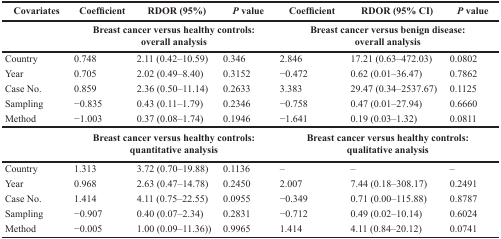
| Covariates | Coefficient | RDOR (95%) | P value | Coefficient | RDOR (95% CI) | P value |
 |  | <COLSPAN=3> Breast cancer versus healthy controls: overall analysis | <COLSPAN=3> Breast cancer versus benign disease: overall analysis |
 | --- | --- | --- | --- | --- | --- | --- |
 | Country | 0.748 | 2.11 (0.42–10.59) | 0.346 | 2.846 | 17.21 (0.63–472.03) | 0.0802 |
 | Year | 0.705 | 2.02 (0.49–8.40) | 0.3152 | −0.472 | 0.62 (0.01–36.47) | 0.7862 |
 | Case No. | 0.859 | 2.36 (0.50–11.14) | 0.2633 | 3.383 | 29.47 (0.34–2537.67) | 0.1125 |
 | Sampling | −0.835 | 0.43 (0.11–1.79) | 0.2346 | −0.758 | 0.47 (0.01–27.94) | 0.6660 |
 | Method | −1.003 | 0.37 (0.08–1.74) | 0.1946 | −1.641 | 0.19 (0.03–1.32) | 0.0811 |
 |  | <COLSPAN=3> Breast cancer versus healthy controls: quantitative analysis | <COLSPAN=3> Breast cancer versus healthy controls: qualitative analysis |
 | Country | 1.313 | 3.72 (0.70–19.88) | 0.1136 | – | – | – |
 | Year | 0.968 | 2.63 (0.47–14.78) | 0.2450 | 2.007 | 7.44 (0.18–308.17) | 0.2491 |
 | Case No. | 1.414 | 4.11 (0.75–22.55) | 0.0955 | −0.349 | 0.71 (0.00–115.88) | 0.8787 |
 | Sampling | −0.907 | 0.40 (0.07–2.34) | 0.2831 | −0.712 | 0.49 (0.02–10.14) | 0.6024 |
 | Method | −0.005 | 1.00 (0.09–11.36)) | 0.9965 | 1.414 | 4.11 (0.84–20.12) | 0.0741 |